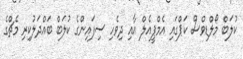
ކުލަބް މޯލްޑިވްސް ކަޕްގައި އެމްޕީއެލް އާއި ދިވެހި ސިފައިންގެ ކުލަބް ބައްދަލުކިރި މެޗްގެ